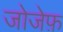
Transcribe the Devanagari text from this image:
जोजेफ़